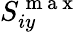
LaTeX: S_{iy}^{\mathrm{~m~a~x~}}